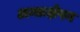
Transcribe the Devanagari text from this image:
अन्तःक्षेपन